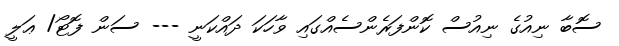
ސޮބާ ނިއުގެ ނިއުސް ކޮންފަރެންސެއްގައި ވާހަކަ ދައްކަނީ --- ސަން ފޮޓޯ/ ޢަލީ